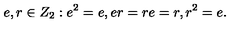
e , r \in Z _ { 2 } : e ^ { 2 } = e , e r = r e = r , r ^ { 2 } = e .